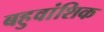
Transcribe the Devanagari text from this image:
बहुवांशिक